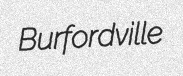
Burfordville